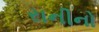
રાનીનો